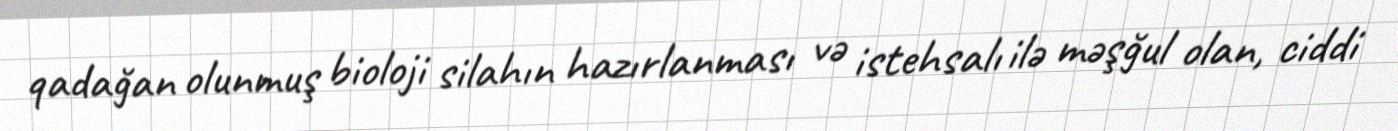
qadağan olunmuş bioloji silahın hazırlanması və istehsalı ilə məşğul olan, ciddi